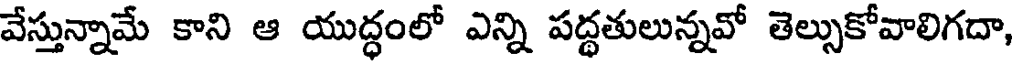
వేస్తున్నామే కాని ఆ యుద్ధంలో ఎన్ని పద్ధతులున్నవో తెల్సుకోవాలిగదా,